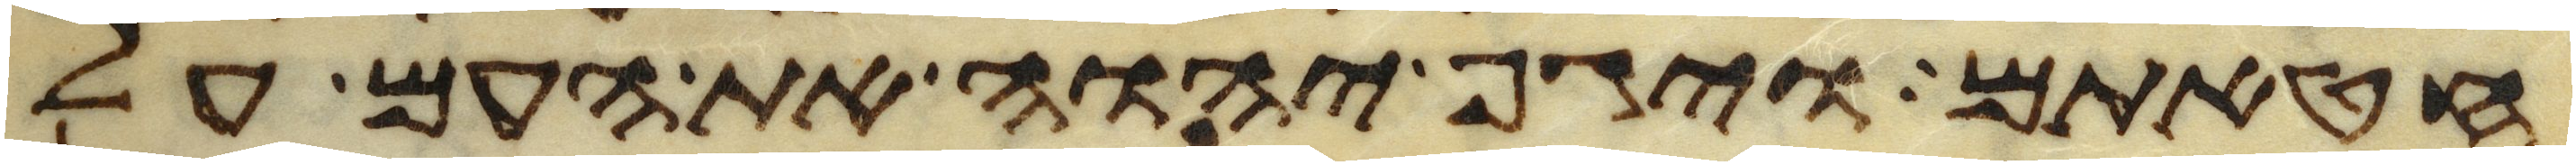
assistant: חטאתם ויגף יהוה את העם על